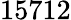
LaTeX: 15712